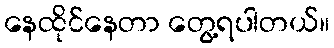
နေထိုင်နေတာ တွေ့ရပါတယ်။